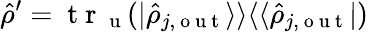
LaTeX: \hat{\rho}^{\prime}=\mathrm{~t~r~}_{\mathrm{~u~}}(\vert\hat{\rho}_{j,\mathrm{~o~u~t~}}\rangle\rangle\langle\langle\hat{\rho}_{j,\mathrm{~o~u~t~}}\vert)